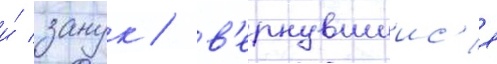
и́ занук / в'ернувшиис'я